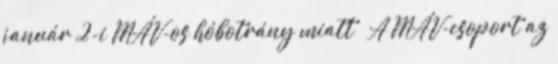
január 2-i MÁV-os hóbotrány miatt ¤ A MÁV-csoport az